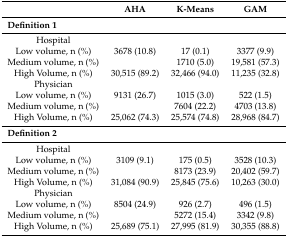
<table><thead><tr><td></td><td><b>AHA</b></td><td><b>K-Means</b></td><td><b>GAM</b></td></tr></thead><tbody><tr><td colspan="4"><b>Definition 1</b></td></tr><tr><td>Hospital</td><td></td><td></td><td></td></tr><tr><td>Low volume, n (%)</td><td>3678 (10.8)</td><td>17 (0.1)</td><td>3377 (9.9)</td></tr><tr><td>Medium volume, n (%)</td><td></td><td>1710 (5.0)</td><td>19,581 (57.3)</td></tr><tr><td>High Volume, n (%)</td><td>30,515 (89.2)</td><td>32,466 (94.0)</td><td>11,235 (32.8)</td></tr><tr><td>Physician</td><td></td><td></td><td></td></tr><tr><td>Low volume, n (%)</td><td>9131 (26.7)</td><td>1015 (3.0)</td><td>522 (1.5)</td></tr><tr><td>Medium volume, n (%)</td><td></td><td>7604 (22.2)</td><td>4703 (13.8)</td></tr><tr><td>High Volume, n (%)</td><td>25,062 (74.3)</td><td>25,574 (74.8)</td><td>28,968 (84.7)</td></tr><tr><td colspan="4"><b>Definition 2</b></td></tr><tr><td>Hospital</td><td></td><td></td><td></td></tr><tr><td>Low volume, n (%)</td><td>3109 (9.1)</td><td>175 (0.5)</td><td>3528 (10.3)</td></tr><tr><td>Medium volume, n (%)</td><td></td><td>8173 (23.9)</td><td>20,402 (59.7)</td></tr><tr><td>High Volume, n (%)</td><td>31,084 (90.9)</td><td>25,845 (75.6)</td><td>10,263 (30.0)</td></tr><tr><td>Physician</td><td></td><td></td><td></td></tr><tr><td>Low volume, n (%)</td><td>8504 (24.9)</td><td>926 (2.7)</td><td>496 (1.5)</td></tr><tr><td>Medium volume, n (%)</td><td></td><td>5272 (15.4)</td><td>3342 (9.8)</td></tr><tr><td>High Volume, n (%)</td><td>25,689 (75.1)</td><td>27,995 (81.9)</td><td>30,355 (88.8)</td></tr></tbody></table>